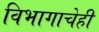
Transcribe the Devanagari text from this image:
विभागाचेही